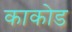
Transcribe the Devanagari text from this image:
काकोड